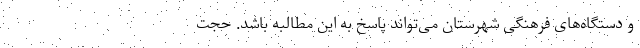
و دستگاه‌های فرهنگی شهرستان می‌تواند پاسخ به این مطالبه باشد. حجت